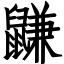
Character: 鼸